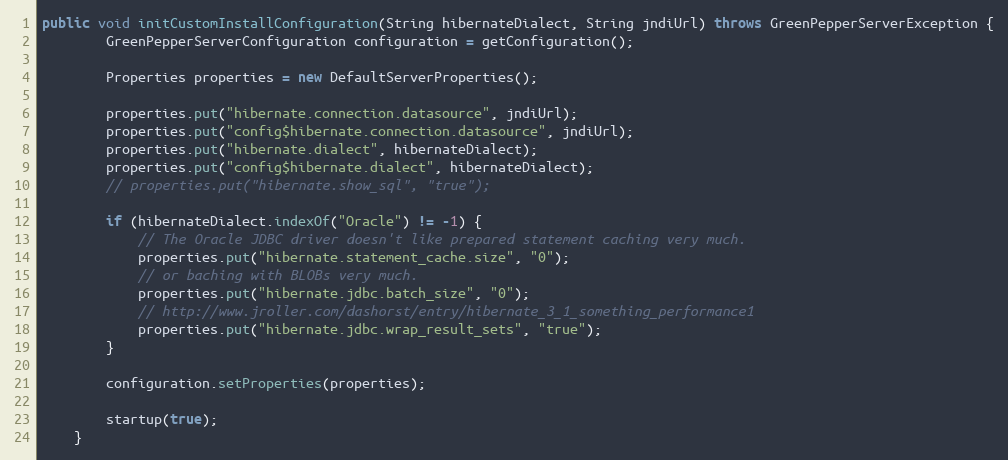
Language: Java
public void initCustomInstallConfiguration(String hibernateDialect, String jndiUrl) throws GreenPepperServerException {
        GreenPepperServerConfiguration configuration = getConfiguration();

        Properties properties = new DefaultServerProperties();

        properties.put("hibernate.connection.datasource", jndiUrl);
        properties.put("config$hibernate.connection.datasource", jndiUrl);
        properties.put("hibernate.dialect", hibernateDialect);
        properties.put("config$hibernate.dialect", hibernateDialect);
        // properties.put("hibernate.show_sql", "true");

        if (hibernateDialect.indexOf("Oracle") != -1) {
            // The Oracle JDBC driver doesn't like prepared statement caching very much.
            properties.put("hibernate.statement_cache.size", "0");
            // or baching with BLOBs very much.
            properties.put("hibernate.jdbc.batch_size", "0");
            // http://www.jroller.com/dashorst/entry/hibernate_3_1_something_performance1
            properties.put("hibernate.jdbc.wrap_result_sets", "true");
        }

        configuration.setProperties(properties);

        startup(true);
    }